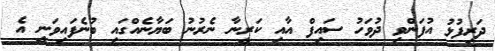
ދަރިފުޅު އުފަންވި ދުވަހު ސައިފް އާއި ކަރީނާ ނެރުނު ބަޔާނެއްގައި ބުނެފައިވަނީ އެ